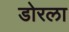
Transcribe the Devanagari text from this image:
डोरला